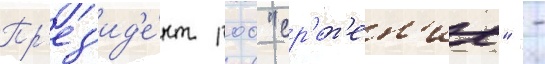
Пр'ез'ид'е́нт роо "ср'ет'ен'ие" -